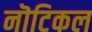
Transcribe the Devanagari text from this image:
नॊटिकल